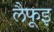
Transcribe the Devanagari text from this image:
लैफूइ